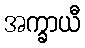
အက္ခာယီ